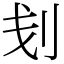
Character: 刬